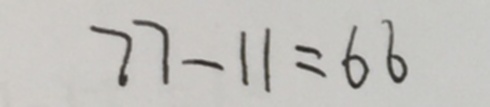
7 7 - 1 1 = 6 6